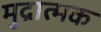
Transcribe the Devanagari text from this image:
मुद्रात्मक